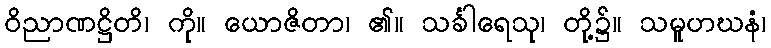
ဝိညာဏဋ္ဌိတိ၊ ကို။ ယောဇိတာ၊ ၏။ သင်္ခါရေသု၊ တို့၌။ သမူဟဃနံ၊